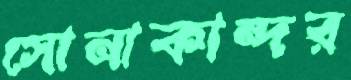
সোনাকান্দর